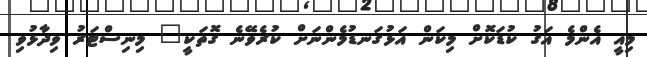
މިއީ އެންމެ އަގު ކުޑަކޮށް މިކަން އަޅުގަނޑުމެންނަށް ކުރެވޭނެ ގޮތަކީ" މިނިސްޓަރު ވިދާޅުވި